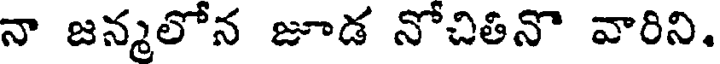
నా జన్మలోన జూడ నోచితినొ వారిని.